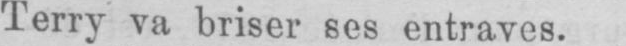
Terry va briser ses entraves.